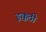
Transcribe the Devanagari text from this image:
इक्कठी